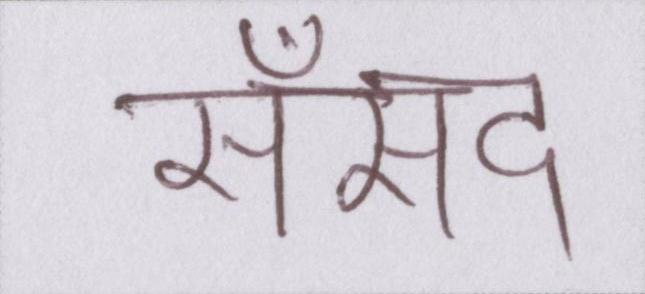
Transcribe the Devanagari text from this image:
सँसद